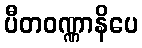
ပီတဝဏ္ဏာနိပေ